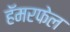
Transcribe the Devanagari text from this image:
हॅमरफेल